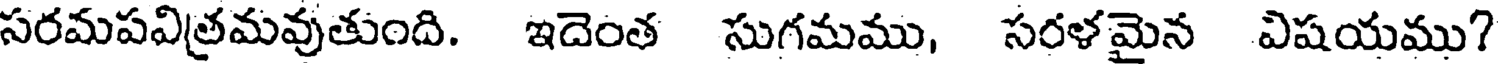
సరమపవిత్రమవుతుంది. ఇదెంత సుగమము, సరళమైన విషయము?